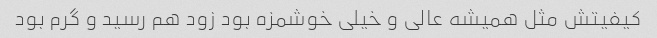
کیفیتش مثل همیشه عالی و خیلی خوشمزه بود زود هم رسید و گرم بود